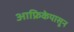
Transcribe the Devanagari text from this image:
आफ्रिकेपासून